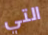
التي